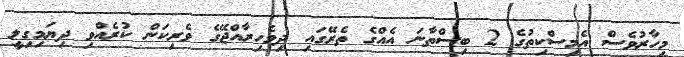
މިހާރުވެސް އެމިސްކިތުގެ 2 ބިސްތާނަ އެއްގެ ތެރޭގައި ދިވެހިރާއްޖޭގެ ވެރިކަން ކުރެއްވި ދިޔަމިގިލީ